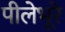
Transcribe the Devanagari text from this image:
पीलेभूरे